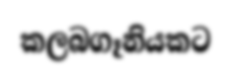
කලබගෑනියකට